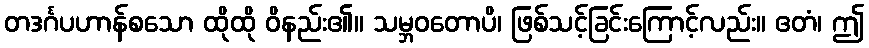
တဒင်္ဂပဟာန်စသော ထိုထို ဝိနည်း၏။ သမ္ဘဝတောပိ၊ ဖြစ်သင့်ခြင်းကြောင့်လည်း။ ဧတံ၊ ဤ